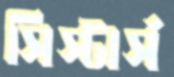
সিস্টার্স